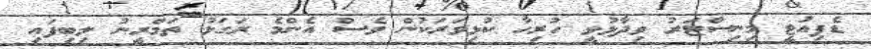
ޑެޕިއުޓީ މިނިސްޓަރު ވިދާޅުވީ ހުރިހާ ކުޅިވަރަކުން ވެސް އެންމެ ރަގަޅު ތަމްރީނު ލިބިފައި